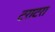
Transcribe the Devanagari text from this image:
टराटरा